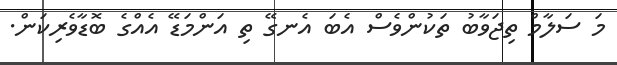
މަ ސަލާމް ތިޖަވާބު ތަކުންވެސް އެބަ އެނގޭ ތި އަންމަޑޭ އެއްގެ ބޮޑާވެރިކަން.